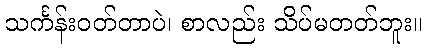
သင်္ကန်းဝတ်တာပဲ၊ စာလည်း သိပ်မတတ်ဘူး။